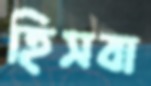
হিসবা